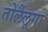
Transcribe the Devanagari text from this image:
तोलैंलूगा